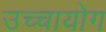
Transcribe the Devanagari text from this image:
उच्‍चायोग